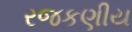
રજકણીય